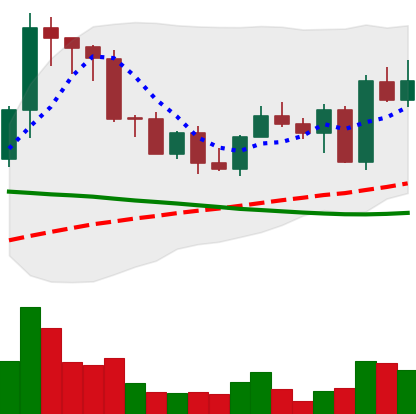
Ticker: EOS-USD
Chart end date: 2022-09-09
Forward return: -11.451%
Label: down_7plus